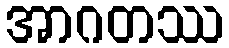
အာဂတဿ